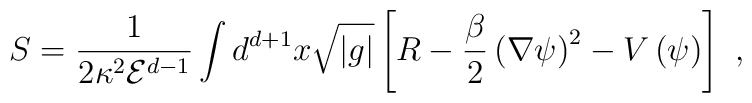
S=\frac{1}{2\kappa^2{\mathcal E}^{d-1}}\int d^{d+1}x\sqrt{|g|}\left[R-\frac{\beta}{2}\left(\nabla\psi\right)^{2}-V\left(\psi\right)\right]\ ,